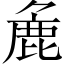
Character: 麁